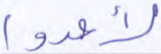
لأعدوا